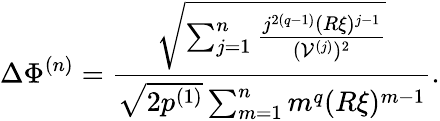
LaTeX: \Delta\Phi^{(n)}=\frac{\sqrt{\sum_{j=1}^{n}\frac{j^{2(q-1)}(R\xi)^{j-1}}{(\mathcal{V}^{(j)})^{2}}}}{\sqrt{2p^{(1)}}\sum_{m=1}^{n}m^{q}(R\xi)^{m-1}}.